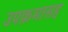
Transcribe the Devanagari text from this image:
उपक्रमासह